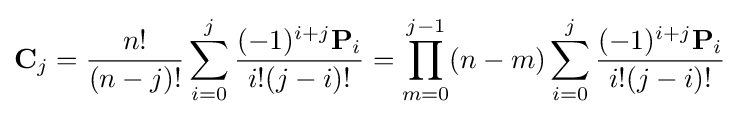
\mathbf {C} _{j}={\frac {n!}{(n-j)!}}\sum _{i=0}^{j}{\frac {(-1)^{i+j}\mathbf {P} _{i}}{i!(j-i)!}}=\prod _{m=0}^{j-1}(n-m)\sum _{i=0}^{j}{\frac {(-1)^{i+j}\mathbf {P} _{i}}{i!(j-i)!}}